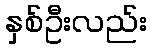
နှစ်ဦးလည်း